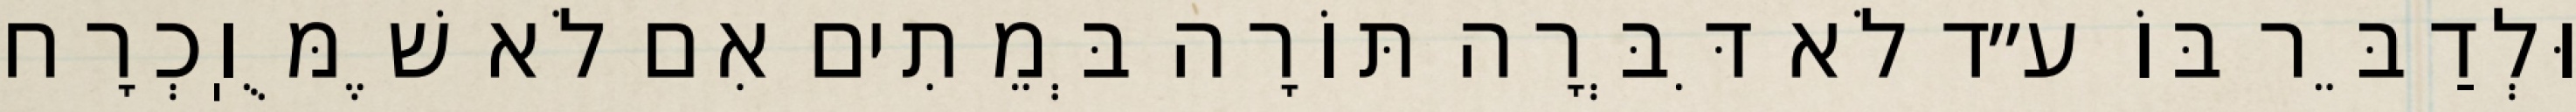
וּלְדַבֵּר בּוֹ ע״ד לֹא דִּבְּרָה תּוֹרָה בְּמֵתִים אִם לֹא שֶׁמֻּוֽכְרָח